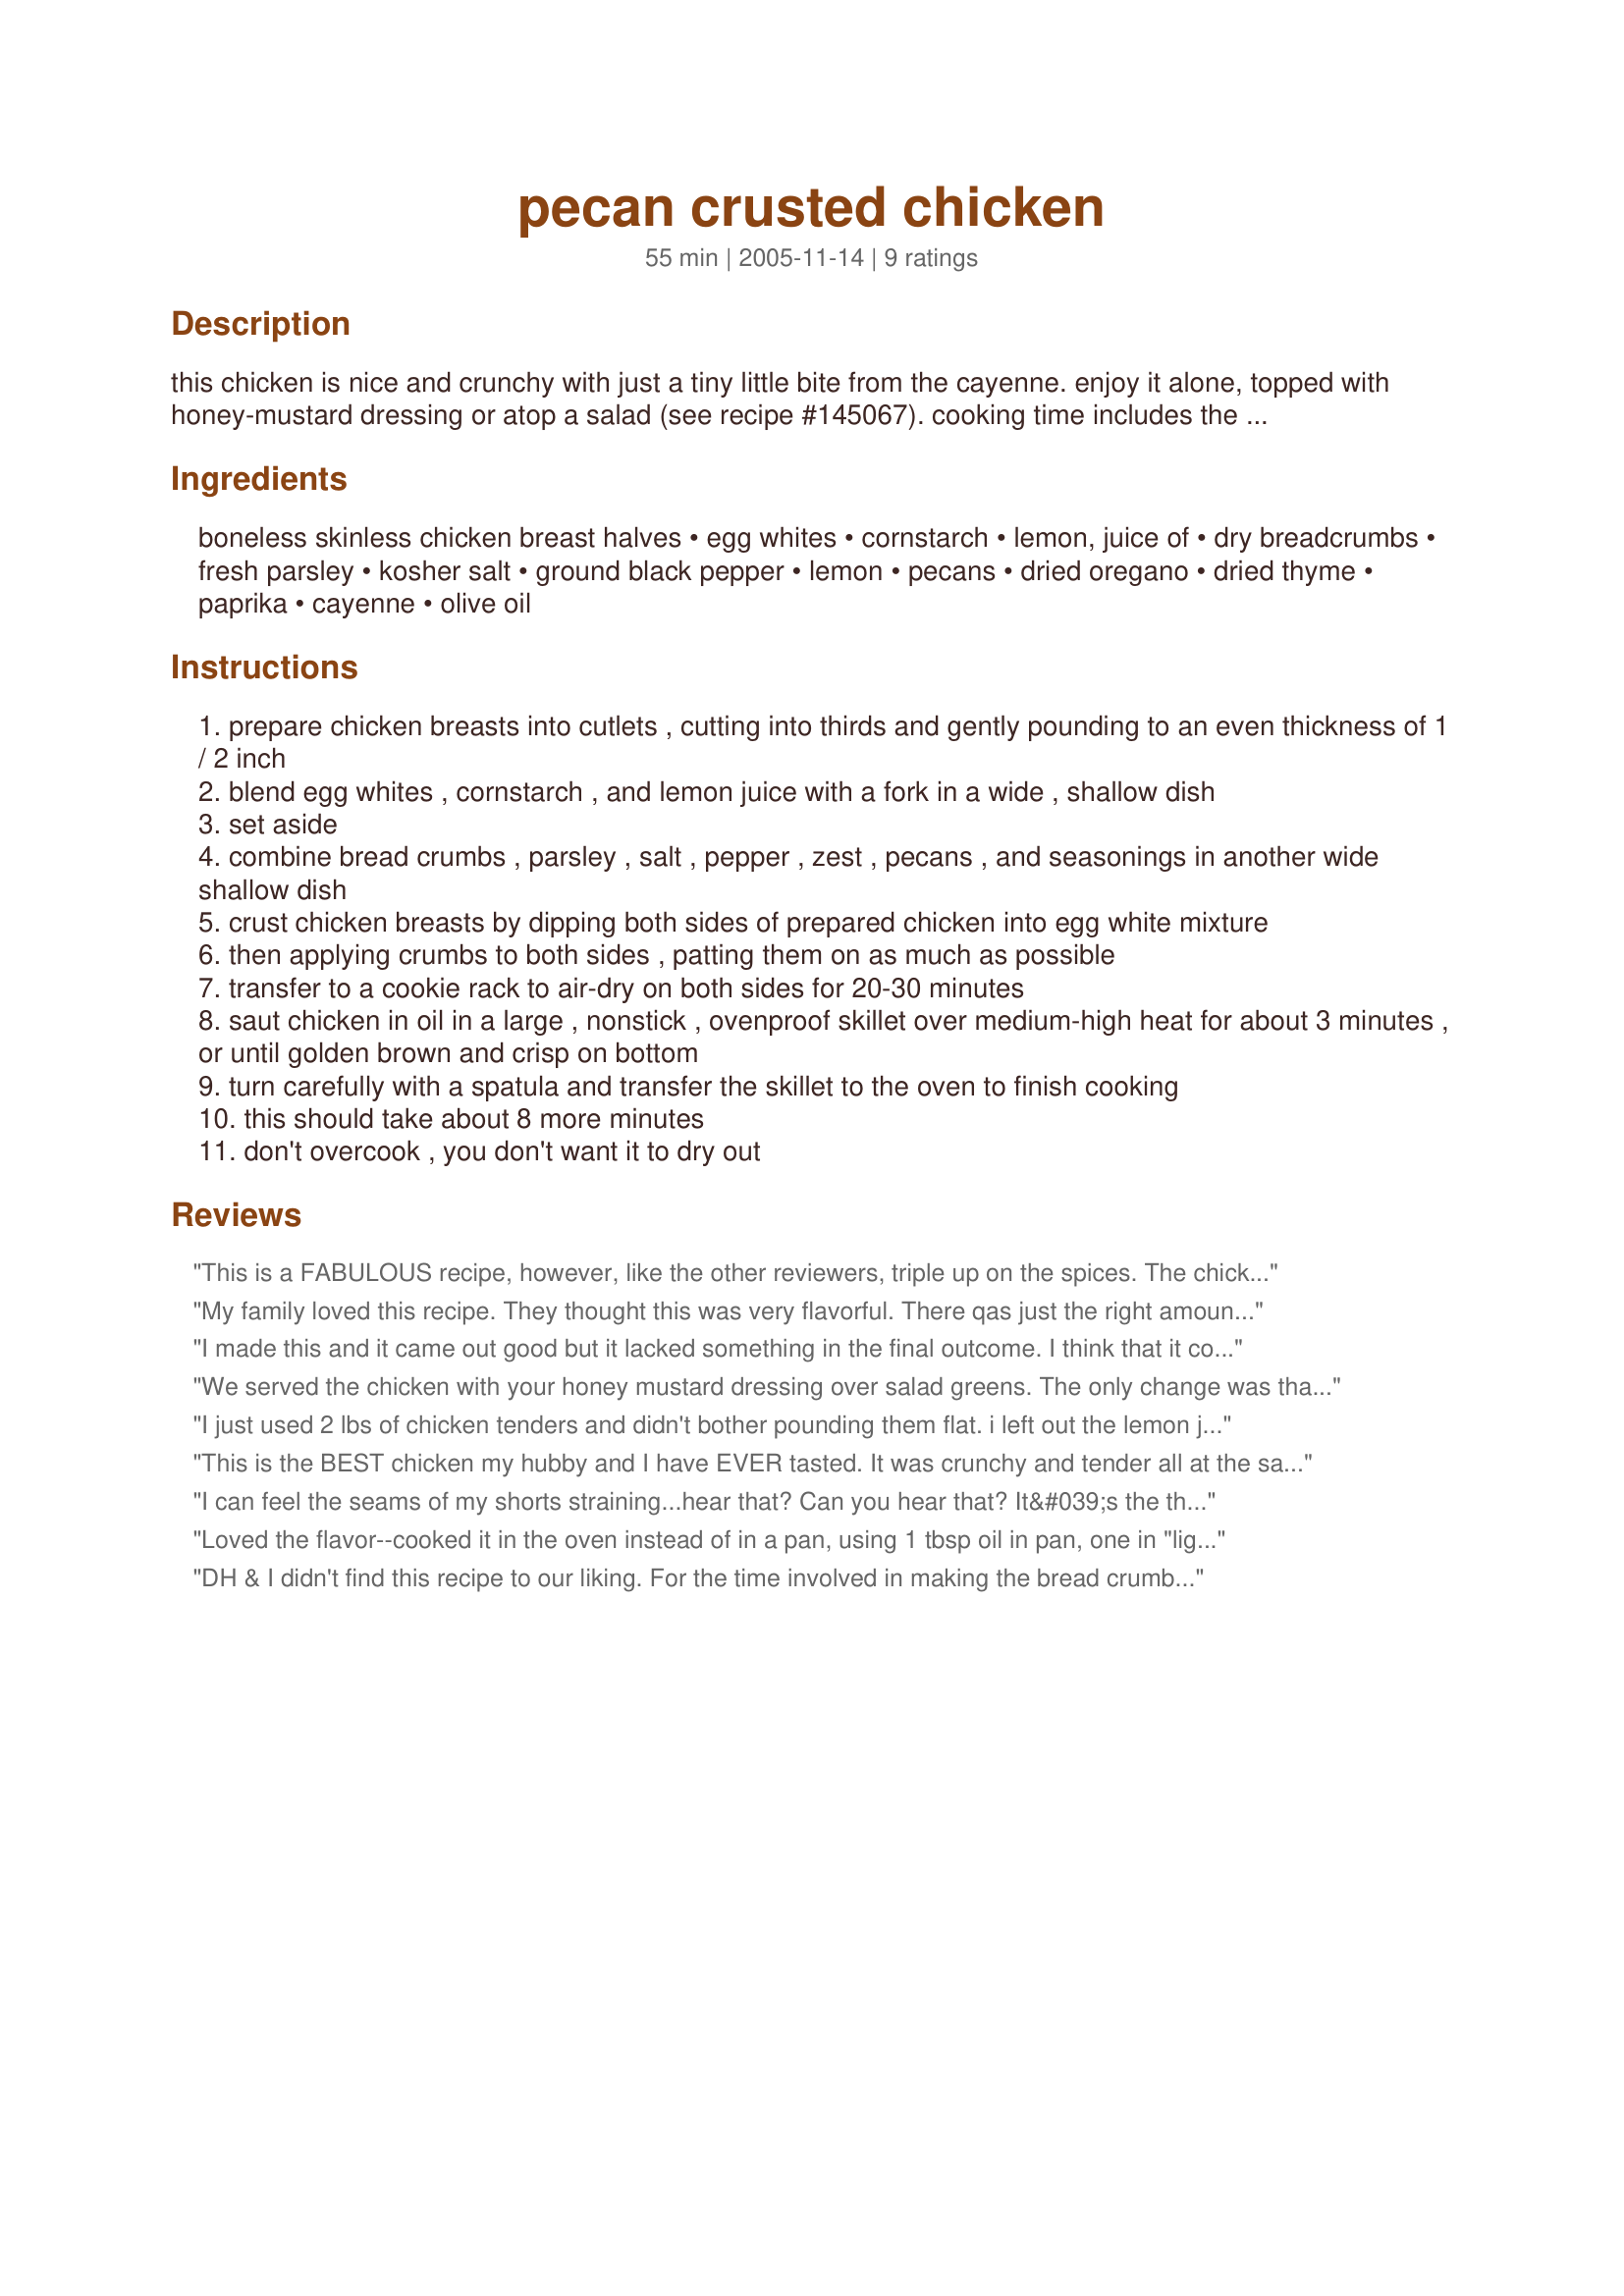
pecan crusted chicken
Preparation time: 55 minutes

this chicken is nice and crunchy with just a tiny little bite from the cayenne. enjoy it alone, topped with honey-mustard dressing or atop a salad (see recipe #145067). cooking time includes the 20-30 minutes chicken dries between breading and cooking. this recipe is from cuisine at home magazine.

Ingredients:
boneless skinless chicken breast halves, egg whites, cornstarch, lemon, juice of, dry breadcrumbs, fresh parsley, kosher salt, ground black pepper, lemon, pecans, dried oregano, dried thyme, paprika, cayenne, olive oil

Steps:
prepare chicken breasts into cutlets , cutting into thirds and gently pounding to an even thickness of 1 / 2 inch
blend egg whites , cornstarch , and lemon juice with a fork in a wide , shallow dish
set aside
combine bread crumbs , parsley , salt , pepper , zest , pecans , and seasonings in another wide shallow dish
crust chicken breasts by dipping both sides of prepared chicken into egg white mixture
then applying crumbs to both sides , patting them on as much as possible
transfer to a cookie rack to air-dry on both sides for 20-30 minutes
saut chicken in oil in a large , nonstick , ovenproof skillet over medium-high heat for about 3 minutes , or until golden brown and crisp on bottom
turn carefully with a spatula and transfer the skillet to the oven to finish cooking
this should take about 8 more minutes
don't overcook , you don't want it to dry out

Reviews:
This is a FABULOUS recipe, however, like the other reviewers, triple up on the spices. The chicken is VERY tender and has a nice crunch to it because of the panko bread crumbs and pecans. After frying in olive oil, I baked them in a 375 degree oven for 15 minutes. (just to make sure the chicken was cooked thoroughly!)
My family loved this recipe. They thought this was very flavorful. There qas just the right amount of cayenne pepper and paprika to give it a kick but not overpowering. The crust stayed on during the cooking process and the chicken was very moist. Will definitely make again.
I made this and it came out good but it lacked something in the final outcome. I think that it could of used some garlic. But I still got rave reviews for it.
We served the chicken with your honey mustard dressing over salad greens. The only change was that I omitted the lemon zest, since my kids don't like lemon flavor (I did use the fresh juice in the marinade). The air drying did help set the chicken. I didn't have any problems with the crust adhering. The funny thing was that both kids thought we were having pizza from the cooking aroma (I guess the thyme)! Everyone enjoyed the dressing on top, too. I'll make this again!
Note: I noticed when I sampled again (doing clean up) that The pecans were more noticeable after the chicken had cooled to room temp. I preferred it that way. I think that means leftovers are really going to be great!

Roxygirl

Roxygirl
I just used 2 lbs of chicken tenders and didn't bother pounding them flat. i left out the lemon juice and lemon peel in the recipe because i wasn't in the mood for lemony chicken. Instead, replace the lemon juice with 2 tbsp of maple syrup to compliment the pecans a little better IMO. i also used the whole 2 eggs. For the coating, i added 1/2 tsp of garlic powder, and doubled the amount of oregano and thyme. (as a number of the comments suggested) I skipped the parsley because i didn't have it but it would have been good. I added and extra 1/2 cup of bread crumbs to the mixture. I used the recommended amount of everything else. The idea of having them sit out for 20 min worked like magic. Nothing fell off when cooking! And I tried to use a mixture of coarse and small pieces of pecans so it would look substantial. Worked just fine. Note, I sprayed the cookie racks with non-stick olive oil spray so the tenders wouldn't stick while air-drying. I am not sure if it was necessary but it worked great for me. Cooked in veggie oil instead until browned lightly on each side. (about 3 min a side) Placed them on parchment paper and baked at 350 degrees for 20 min. Served with honey to drizzle. This combination of spices was a knockout and the chicken was moist and super crispy. Family approved!
This is the BEST chicken my hubby and I have EVER tasted. It was crunchy and tender all at the same time, the flavor was amazing, and it was fantastic on a salad the next day with Sharlene~W's Honey Mustard Dressing. Can't wait to make it again!!! thanks!
I can feel the seams of my shorts straining...hear that? Can you hear that?
It&#039;s the threads...they&#039;re going to let go any...
Loved the flavor--cooked it in the oven instead of in a pan, using 1 tbsp oil in pan, one in "liguid dip" and one spritzed over the top after they were rolled in the crust. Due to lack of ingredients I used lime juice instead of lemon, omitted salt, and used a whole egg rather than two whites. Very good! It baked at 350 about 23 minutes to perfection.
DH & I didn't find this recipe to our liking. For the time involved in making the bread crumb mixture, I felt end result was flavorless. I'm not rating as what I may find mediocre will be someone else's gourmet delight. I may try again someday and play around with spices.
